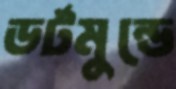
ডর্টমুন্ডে